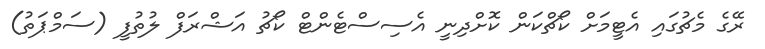
ރޭގެ މެޗުގައި އެޓީމަށް ކޯޗްކަން ކޮށްދިނީ އެސިސްޓެންޓް ކޯޗު އަޝްރަފް ލުތުފީ (ސަމްޕަތު)